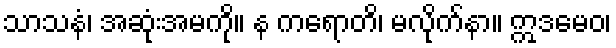
သာသနံ၊ အဆုံးအမကို။ န ကရောတိ၊ မလိုက်နာ။ ဣဒမေဝ၊